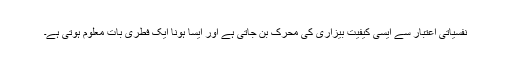
نفسیاتی اعتبار سے ایسی کیفیت بیزاری کی محرک بن جاتی ہے اور ایسا ہونا ایک فطری بات معلوم ہوتی ہے۔